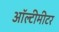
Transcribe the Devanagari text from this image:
ऑल्टीमीटर